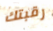
رقبتك